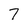
Character: 7